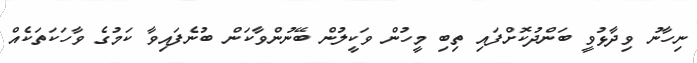
ނިހާނު ވިދާޅުވީ ބަންދުކޮށްފައި ތިބި މީހުން ވަކީލުން ބޭނުންވާކަން ބުނެފައިވާ ކަމުގެ ވާހަކަތަކެއް